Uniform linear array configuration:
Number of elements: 8
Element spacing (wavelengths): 1
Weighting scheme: hann
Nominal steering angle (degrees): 30
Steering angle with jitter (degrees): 28.466
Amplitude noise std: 0.05
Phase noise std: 0.05

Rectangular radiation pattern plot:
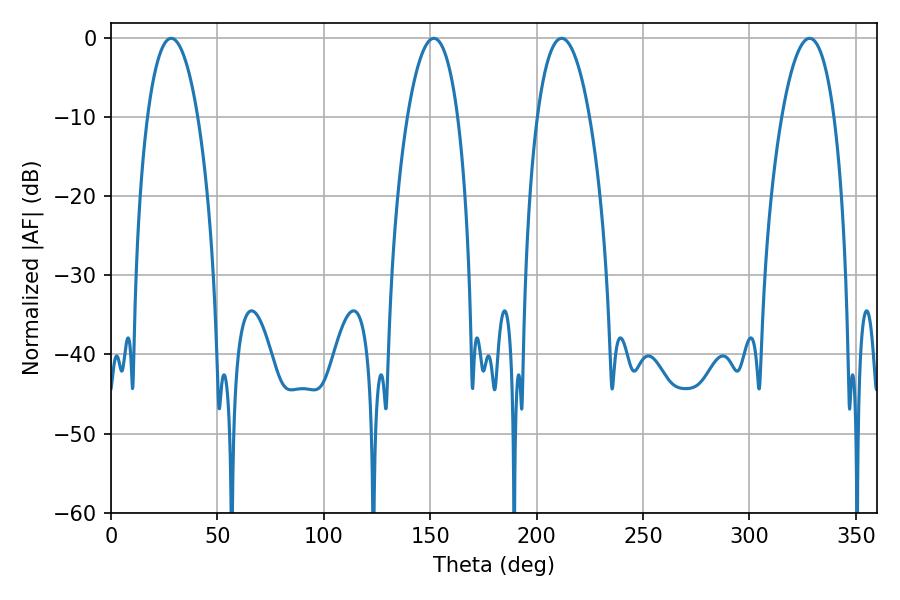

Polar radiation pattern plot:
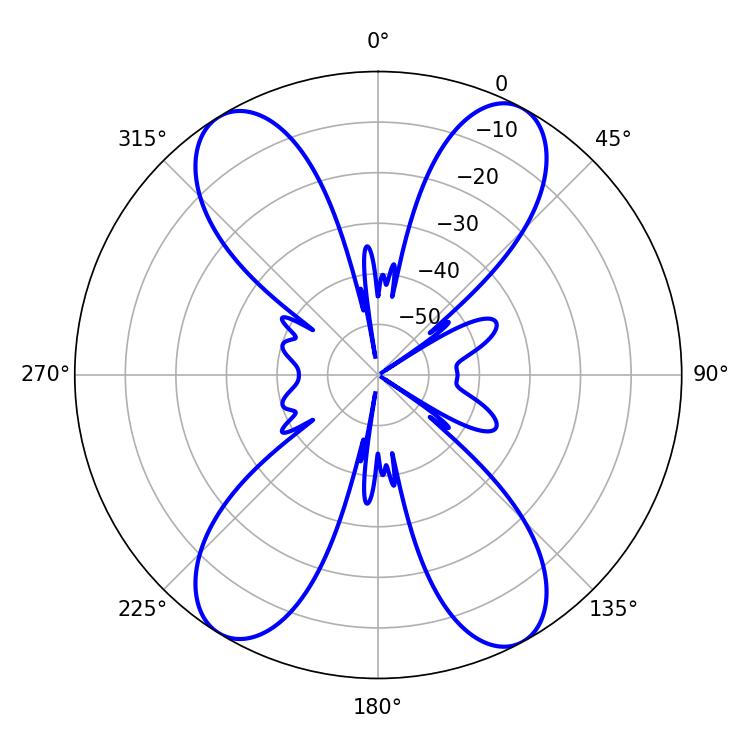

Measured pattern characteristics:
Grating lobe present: TRUE
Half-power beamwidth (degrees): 13.14
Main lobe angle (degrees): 28.26